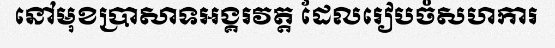
នៅមុខប្រាសាទអង្គរវត្ត ដែលរៀបចំសហការ